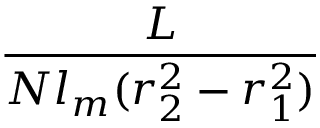
\frac { L } { N l _ { m } ( r _ { 2 } ^ { 2 } - r _ { 1 } ^ { 2 } ) }